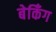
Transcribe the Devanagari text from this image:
बेकिँग